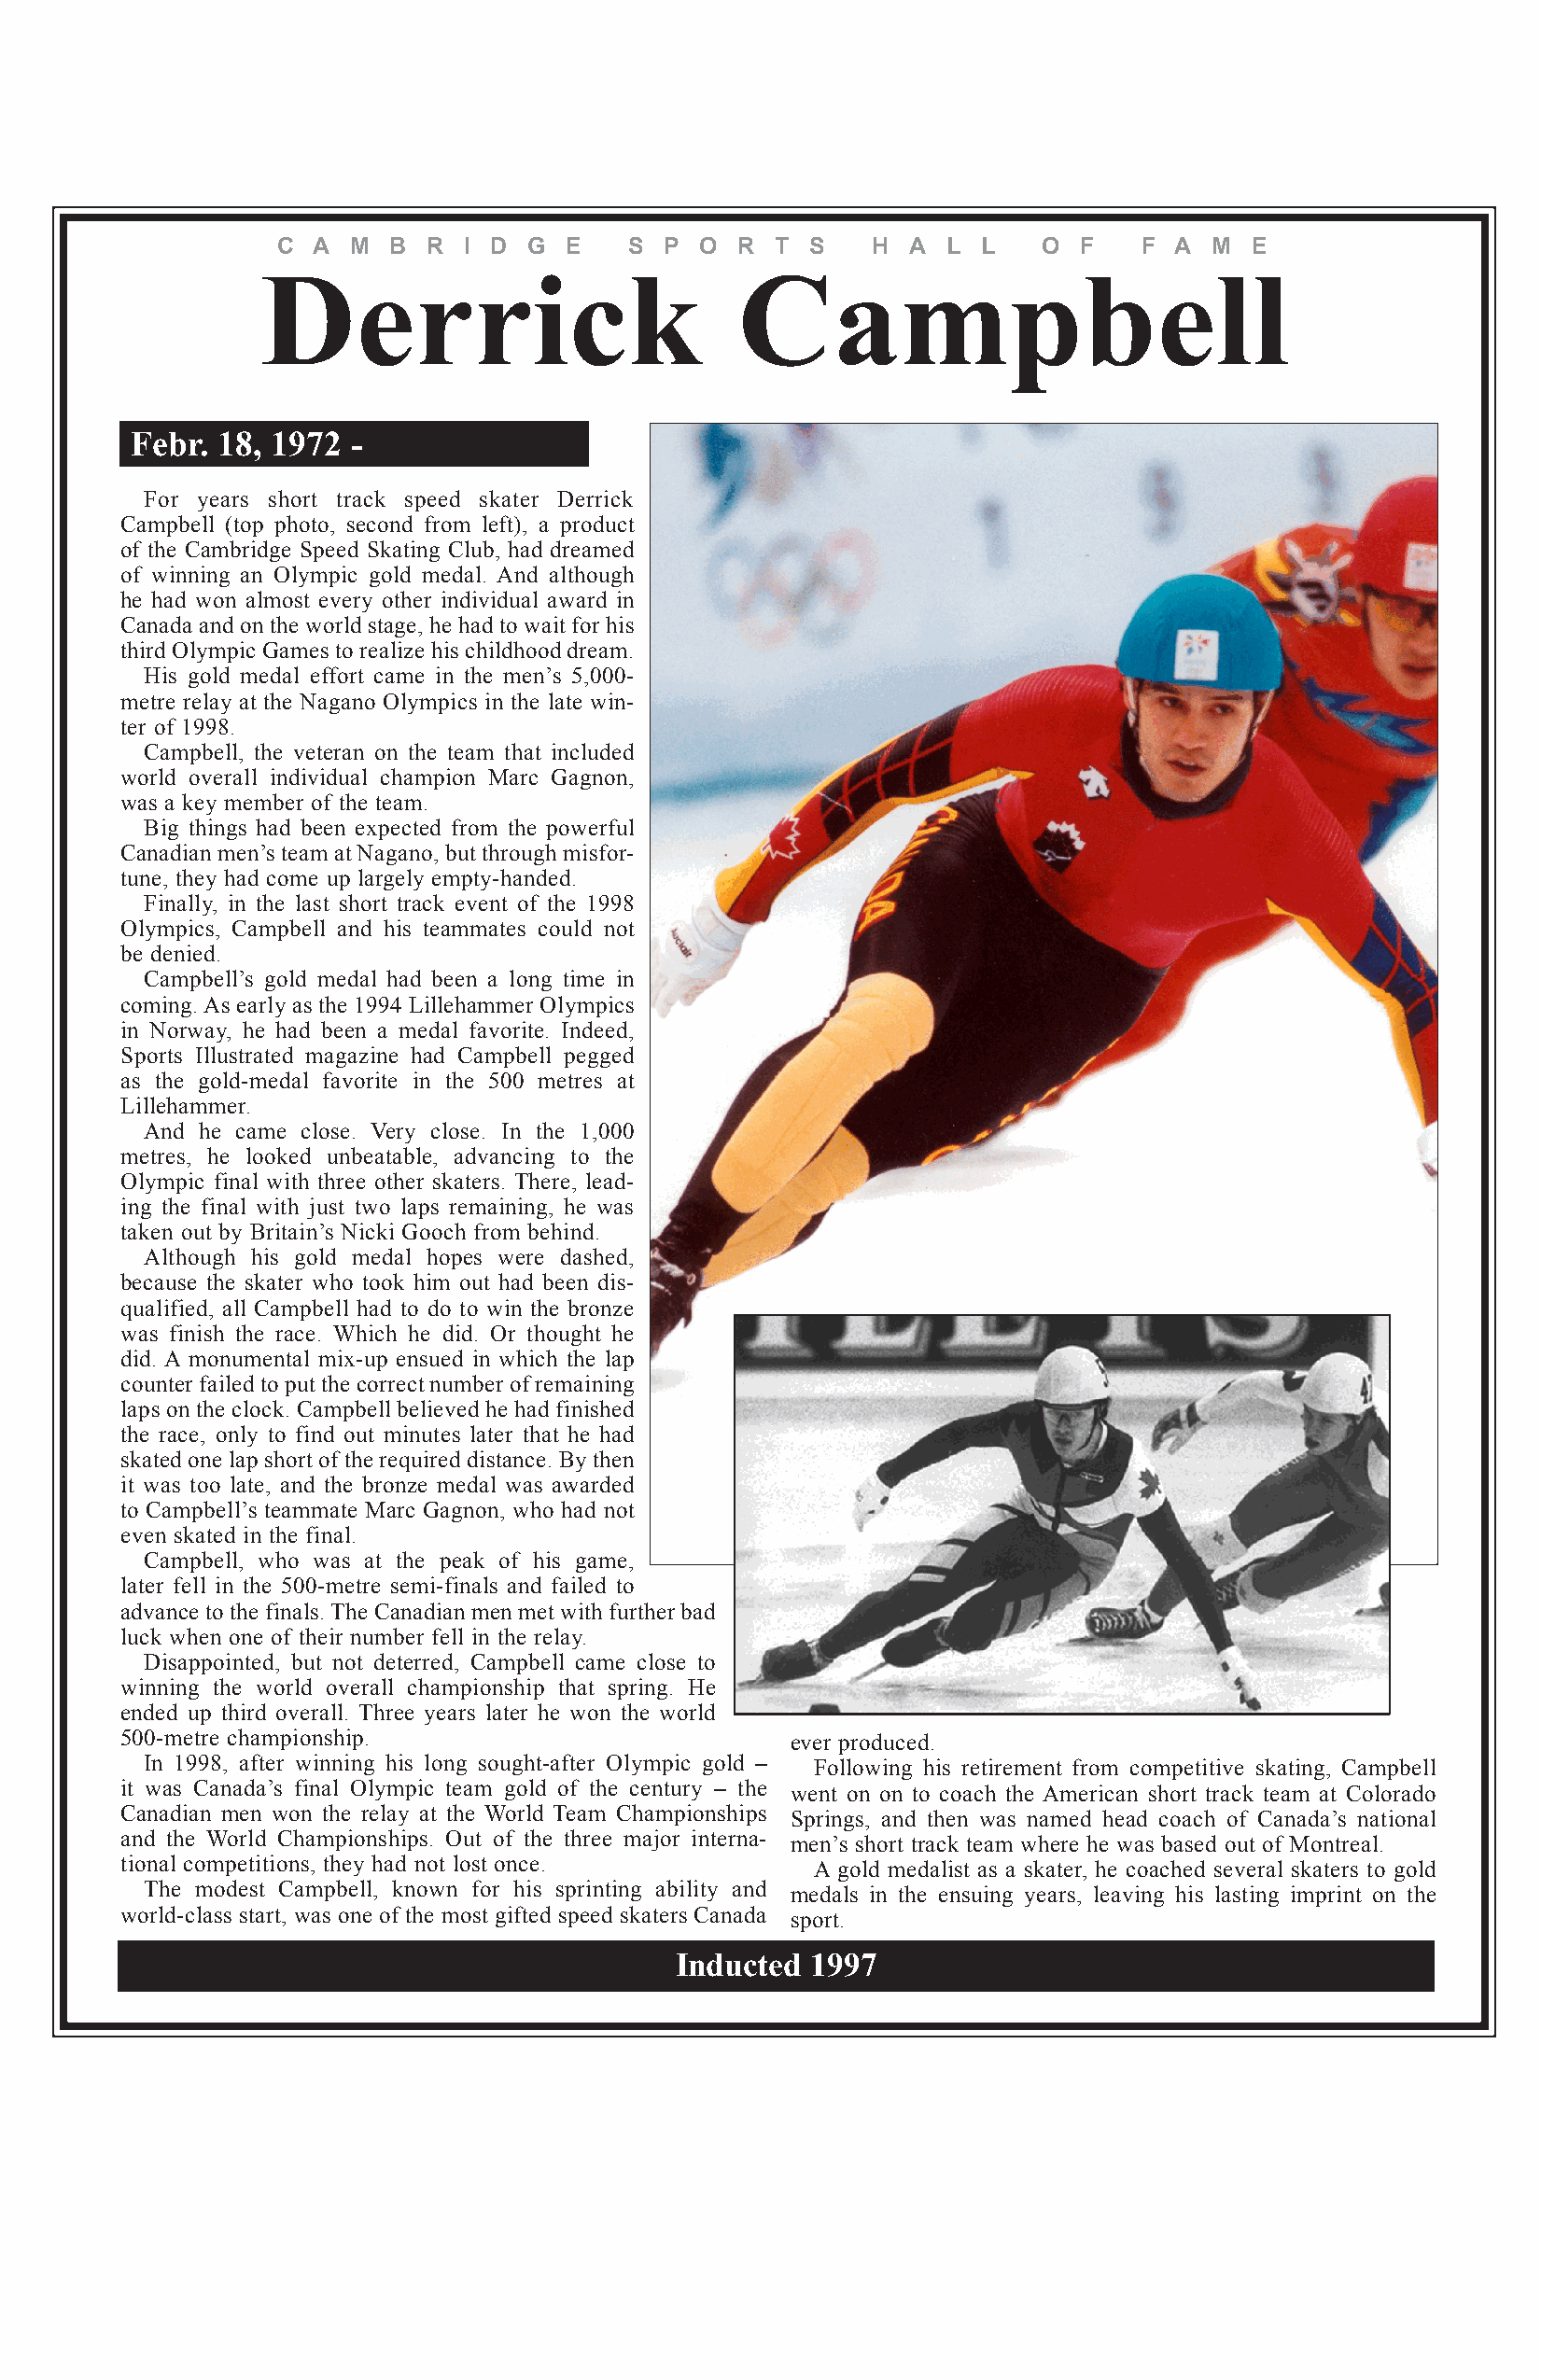
C A  M  B R  I D G  E    S P  O R  T S    H A  L  L   O  F   F A  M  E
 Derrick                           Campbell
 Febr. 18, 1972  -
 For years short track speed skater Derrick
 Campbell (top photo, second from left), a product
 of the Cambridge Speed Skating Club, had dreamed
 of winning an Olympic gold medal. And although
 he had won almost every other individual award in
 Canada and on the world stage, he had to wait for his
 third Olympic Games to realize his childhood dream.
 His gold medal effort came in the men’s 5,000-
 metre relay at the Nagano Olympics in the late win-
 ter of 1998.
 Campbell, the veteran on the team that included
 world overall individual champion Marc Gagnon,
 was a key member of the team.
 Big things had been expected from the powerful
 Canadian men’s team at Nagano, but through misfor-
 tune, they had come up largely empty-handed.
 Finally, in the last short track event of the 1998
 Olympics, Campbell and his teammates could not
 be denied.
 Campbell’s gold medal had been a long time in
 coming. As early as the 1994 Lillehammer Olympics
 in Norway, he had been a medal favorite. Indeed,
 Sports Illustrated magazine had Campbell pegged
 as the gold-medal favorite in the 500 metres at
 Lillehammer.
 And he came close. Very close. In the 1,000
 metres, he looked unbeatable, advancing to the
 Olympic final with three other skaters. There, lead-
 ing the final with just two laps remaining, he was
 taken out by Britain’s Nicki Gooch from behind.
 Although his gold medal hopes were dashed,
 because the skater who took him out had been dis-
 qualified, all Campbell had to do to win the bronze
 was finish the race. Which he did. Or thought he
 did. A monumental mix-up ensued in which the lap
 counter failed to put the correct number of remaining
 laps on the clock. Campbell believed he had finished
 the race, only to find out minutes later that he had
 skated one lap short of the required distance. By then
 it was too late, and the bronze medal was awarded
 to Campbell’s teammate Marc Gagnon, who had not
 even skated in the final.
 Campbell, who was at the peak of his game,
 later fell in the 500-metre semi-finals and failed to
 advance to the finals. The Canadian men met with further bad
 luck when one of their number fell in the relay.
 Disappointed, but not deterred, Campbell came close to
 winning the world overall championship that spring. He
 ended up third overall. Three years later he won the world
 500-metre championship.                        ever produced.
 In 1998, after winning his long sought-after Olympic gold – Following his retirement from competitive skating, Campbell
 it was Canada’s final Olympic team gold of the century – the went on on to coach the American short track team at Colorado
 Canadian men won the relay at the World Team Championships Springs, and then was named head coach of Canada’s national
 and the World Championships. Out of the three major interna- men’s short track team where he was based out of Montreal.
 tional competitions, they had not lost once.     A gold medalist as a skater, he coached several skaters to gold
 The modest Campbell, known for his sprinting ability and medals in the ensuing years, leaving his lasting imprint on the
 world-class start, was one of the most gifted speed skaters Canada sport.
 Inducted  1997